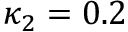
\kappa _ { 2 } = 0 . 2